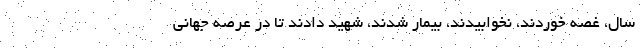
سال، غصه خوردند، نخوابیدند، بیمار شدند، شهید دادند تا در عرصه جهانی